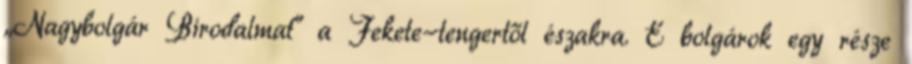
„Nagybolgár Birodalmat" a Fekete-tengertől északra. E bolgárok egy része